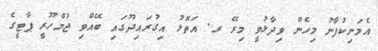
އެމަނިކުފާނު މިހެން ވިދާޅުވީ މިރޭ ރ. އަތޮޅު އިގުރައިދޫގައި ބޭއްވި ޖުމްހޫރީ ޕާޓީގެ